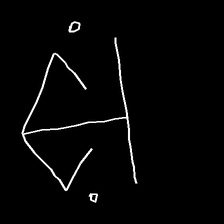
Glyph: earth